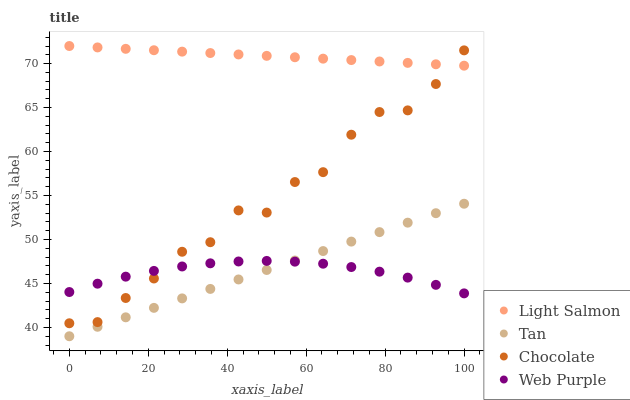
| xaxis_label | Light Salmon | Tan | Chocolate | Web Purple |
 | --- | --- | --- | --- | --- |
 | 0 | 72 | 39 | 40.5 | 44 |
 | 7.14 | 71.8 | 40.1 | 40.6 | 45 |
 | 14.3 | 71.7 | 41.2 | 43.3 | 45.8 |
 | 21.4 | 71.5 | 42.2 | 45.6 | 46.4 |
 | 28.6 | 71.4 | 43.3 | 48.6 | 46.9 |
 | 35.7 | 71.2 | 44.4 | 49.7 | 47.3 |
 | 42.9 | 71 | 45.5 | 53.3 | 47.5 |
 | 50 | 70.9 | 46.5 | 53.1 | 47.6 |
 | 57.1 | 70.7 | 47.6 | 56.5 | 47.5 |
 | 64.3 | 70.6 | 48.7 | 57.7 | 47.2 |
 | 71.4 | 70.4 | 49.8 | 61.9 | 46.9 |
 | 78.6 | 70.2 | 50.8 | 64.5 | 46.3 |
 | 85.7 | 70.1 | 51.9 | 64.7 | 45.7 |
 | 92.9 | 69.9 | 53 | 67.7 | 44.8 |
 | 100 | 69.8 | 54.1 | 71.5 | 43.9 |